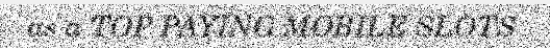
as a TOP PAYING MOBILE SLOTS